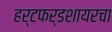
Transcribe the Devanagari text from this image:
हर्टफर्डशायरचा